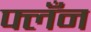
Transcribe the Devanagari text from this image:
फ्लँन